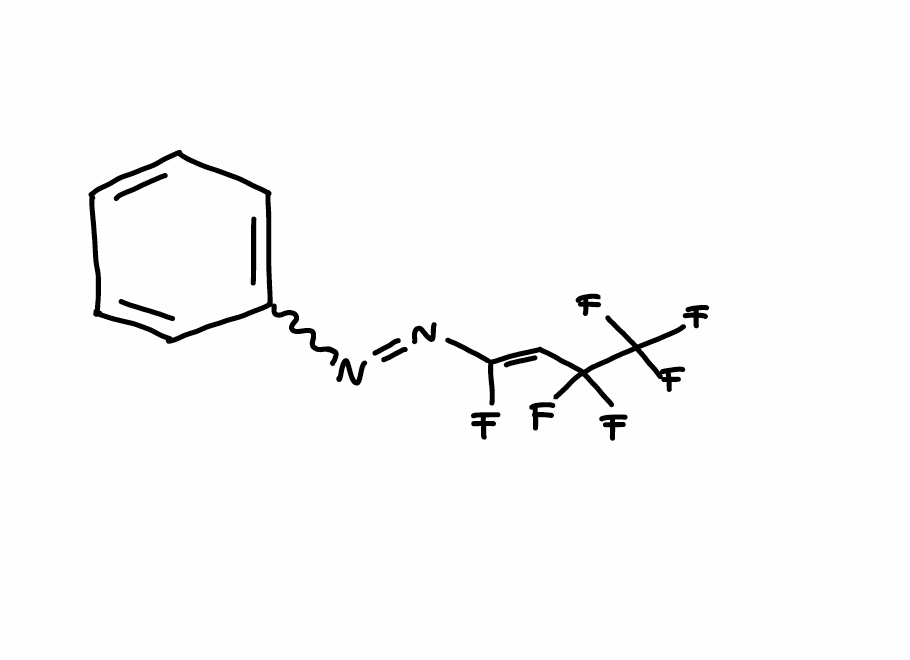
Simplified molecular-input line-entry system (SMILES) notation of the given molecule:
C1=CC=C(C=C1)N=N/C(=C/C(C(F)(F)F)(F)F)/F